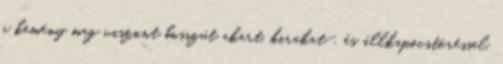
a kemény mag viszont bosszút akart, kirakat-, és állkapocstöréssel.